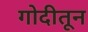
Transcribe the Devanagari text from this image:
गोदीतून